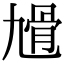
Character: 𩨔